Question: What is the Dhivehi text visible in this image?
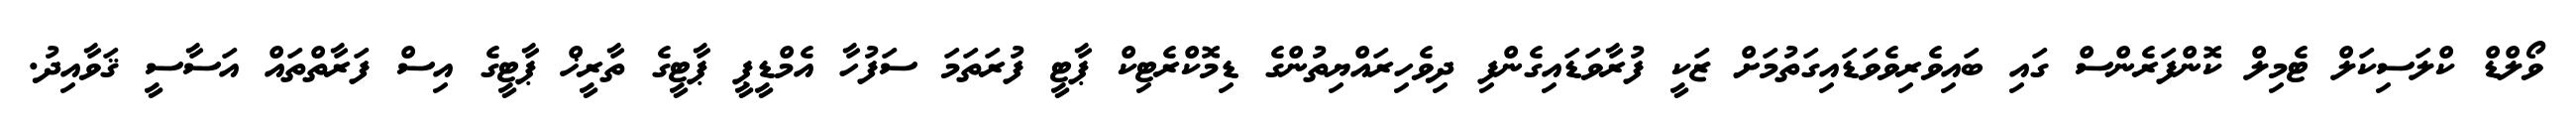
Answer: ވޯލްޑް ކްލަސިކަލް ޓެމިލް ކޮންފަރެންސް ގައި ބައިވެރިވެވަޑައިގަތުމަށް ޒަކީ ފުރާވަޑައިގެންފި ދިވެހިރައްޔިތުންގެ ޑިމޮކްރެޓިކް ޕާޓީ ފުރަތަމަ ސަފުހާ އެމްޑީޕީ ޕާޓީގެ ތާރީޚް ޕާޓީގެ އިސް ފަރާތްތައް އަސާސީ ޤަވާއިދު.